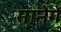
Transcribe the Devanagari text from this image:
मानेगें